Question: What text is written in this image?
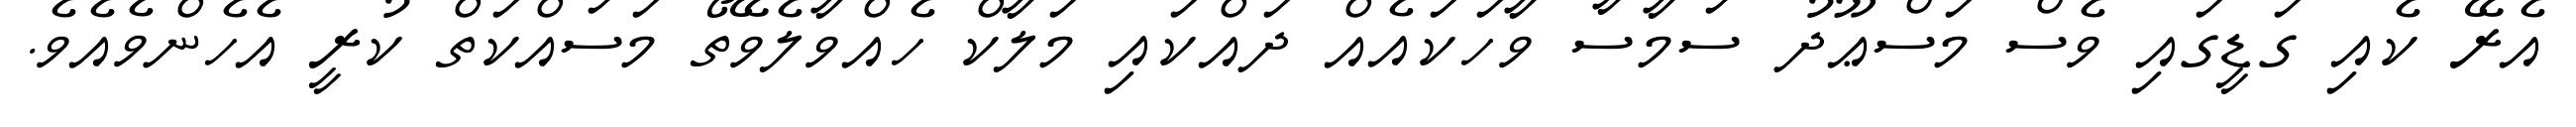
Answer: އެރޭ ކެއި ގަޑީގައި ވެސް މަސްޢޫދު ސަމާސާ ވާހަކައެއް ދައްކައި މަލާކް ހެއްވާލެވޭތޯ މަސައްކަތް ކުރީ އެހެންވެއެވެ.